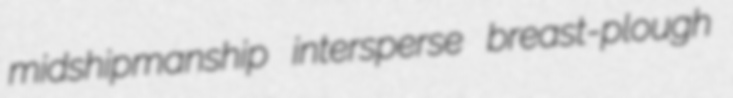
midshipmanship intersperse breast-plough